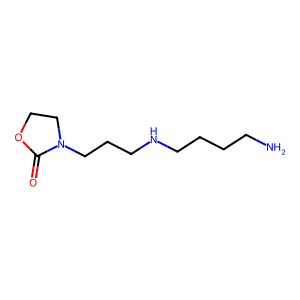
SMILES: NCCCCNCCCN1CCOC1=O
Inhibits HIV replication: No